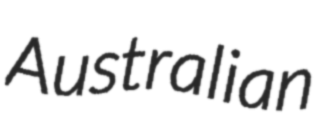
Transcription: Australian